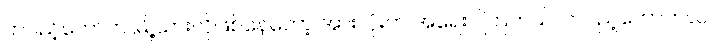
တပည့်တော်က မြို့သားလိုဖြစ်နေတော့ အားလုံးက အရေးပါကြတယ်၊ တပည့်တော်ကလဲ